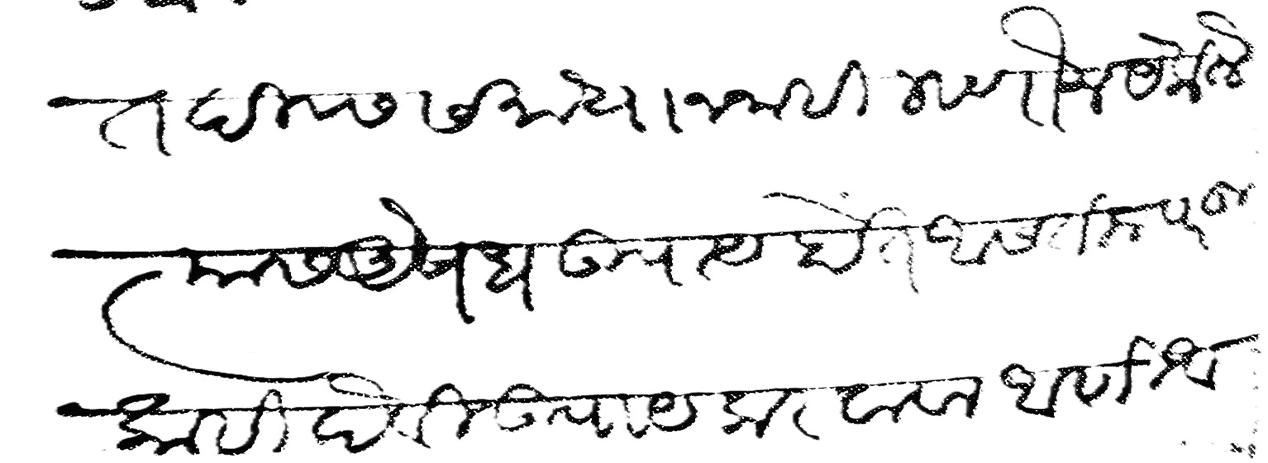
Transliteration (Devanagari): बहुत दिवस समाधान नाही म्हणोन येकीले त्यास औषध उपाय होत असतील परतु काही दैवी उपाय करवावा आणि आरोग्यतेच